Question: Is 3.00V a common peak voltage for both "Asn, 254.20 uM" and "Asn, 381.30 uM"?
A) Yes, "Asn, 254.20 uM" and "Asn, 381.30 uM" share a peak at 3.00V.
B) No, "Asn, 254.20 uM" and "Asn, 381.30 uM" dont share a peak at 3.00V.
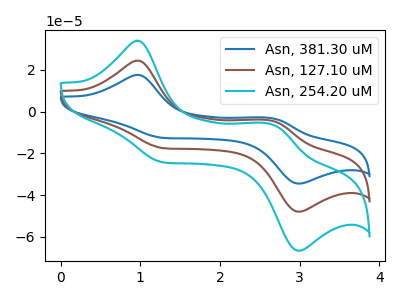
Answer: <think>The blue curve "Asn, 381.30 uM" has anodic peaks at (0.95V, 48.80uA) (2.65V, -8.85uA) and cathodic peaks at (1.30V, -35.15uA) (3.00V, -95.85uA). The brown curve "Asn, 127.10 uM" has anodic peaks at (0.95V, 24.40uA) (2.65V, -4.40uA) and cathodic peaks at (1.30V, -17.60uA) (3.00V, -47.90uA). The cyan curve "Asn, 254.20 uM" has anodic peaks at (0.95V, 33.90uA) (2.65V, -6.15uA) and cathodic peaks at (1.30V, -24.45uA) (3.00V, -66.60uA).</think>
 <answer>A) Yes, "Asn, 254.20 uM" and "Asn, 381.30 uM" share a peak at 3.00V.</answer>
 <eval>A</eval>